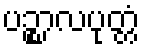
ပဉ္စာလပုတ္တံ